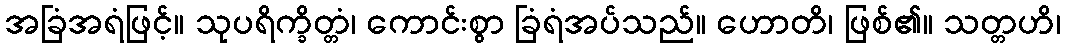
အခြံအရံဖြင့်။ သုပရိက္ခိတ္တံ၊ ကောင်းစွာ ခြံရံအပ်သည်။ ဟောတိ၊ ဖြစ်၏။ သတ္တဟိ၊